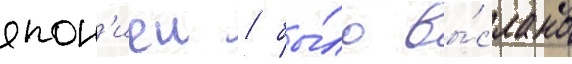
япон'иеи / бы́ло вы́слано